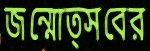
জন্মোত্সবের